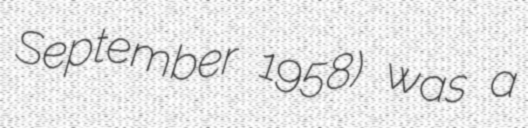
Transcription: September 1958) was a